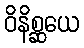
ဝိနိစ္ဆယေ